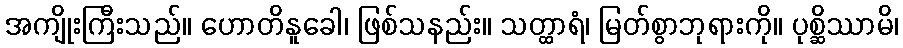
အကျိုးကြီးသည်။ ဟောတိနူခေါ၊ ဖြစ်သနည်း။ သတ္ထာရံ၊ မြတ်စွာဘုရားကို။ ပုစ္ဆိဿာမိ၊